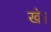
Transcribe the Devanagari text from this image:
खे।